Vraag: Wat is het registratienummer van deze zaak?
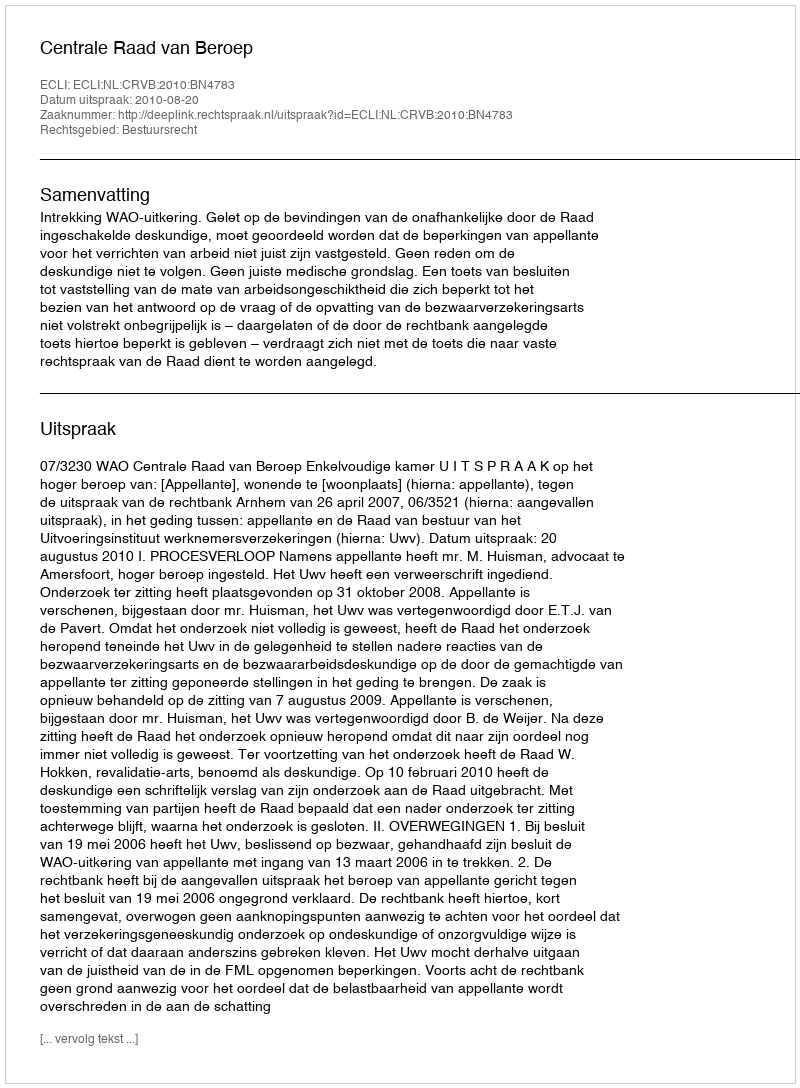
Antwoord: http://deeplink.rechtspraak.nl/uitspraak?id=ECLI:NL:CRVB:2010:BN4783